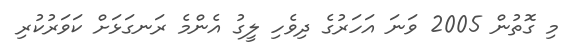
މި ގޮތުން 2005 ވަނަ އަހަރުގެ ދިވެހި ލީގު އެންމެ ރަނގަޅަށް ކަވަރުކުރި